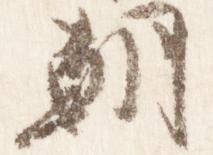
朝